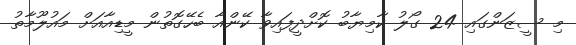
މި ސީޒަންގައި 24 ގޯލު ކާމިޔާބު ކޮށްދީފައިވާ ކޭންއާ ބެހޭގޮތުން މީޑިއާއަށް މައުލޫމާތު